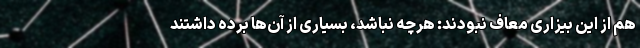
هم از این بیزاری معاف نبودند: هرچه نباشد، بسیاری از آن‌ها برده داشتند